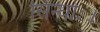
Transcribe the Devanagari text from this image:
सिन्धोः।